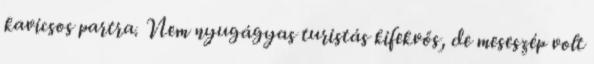
kavicsos partra. Nem nyugágyas turistás kifekvős, de meseszép volt